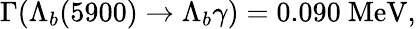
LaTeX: \Gamma(\Lambda_{b}(5900)\to\Lambda_{b}\gamma)=0.090\mathrm{~MeV},